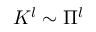
K ^ { l } \sim \Pi ^ { l }